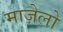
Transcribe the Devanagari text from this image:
माज़ेलो